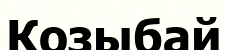
Козыбай